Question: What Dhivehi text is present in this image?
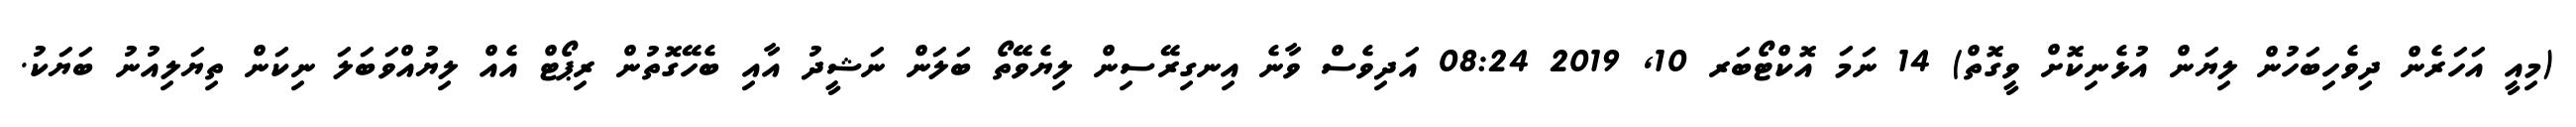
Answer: (މިއީ އަހަރެން ދިވެހިބަހުން ލިޔަން އުޅެނިކޮށް ވީގޮތް) 14 ނަމަ އޮކްޓޯބަރ 10, 2019 08:24 އަދިވެސް ވާނެ އިނގިރޭސިން ލިޔެވޭތޯ ބަލަން ނަޝީދު އާއި ބެހޭގޮތުން ރިޕޯޓް އެއް ލިޔުއްވަބަލަ ނިކަން ތިޔަލިއުނު ބަޔަކު.